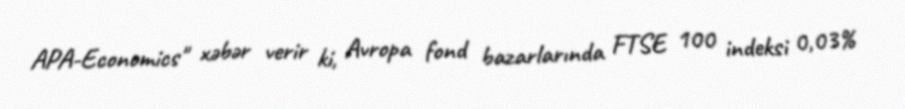
APA-Economics" xəbər verir ki, Avropa fond bazarlarında FTSE 100 indeksi 0,03%